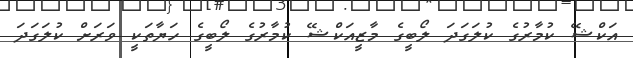
އަކްޝޭ ކުމާރުގެ ކުލަގަދަ ލޯބީގެ މާޒީއަކްޝޭ ކުމާރުގެ ލޯބީގެ ހަޔާތަކީ ވަރަށް ކުލަގަދަ